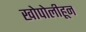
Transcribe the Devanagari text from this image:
खोपोलीहून